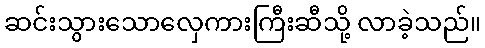
ဆင်းသွားသောလှေကားကြီးဆီသို့ လာခဲ့သည်။